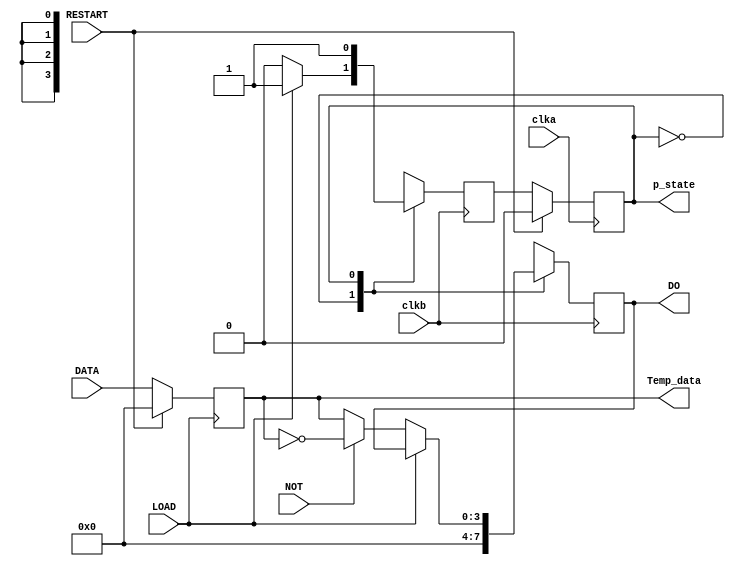

//////////////////////////////////////////////////////////////////////////////////
// Company: 
// Engineer: 
// 
// Design Name: 
// Module Name: Pro_3
// Project Name: 
// Target Devices: 
// Tool Versions: 
// Description: 
// 
// Dependencies: 
// 
// Revision:
// Revision 0.01 - File Created
// Additional Comments:
// 
//////////////////////////////////////////////////////////////////////////////////
module FSM_DATA1(clka, clkb, Temp_data,
             RESTART, LOAD, NOT,
             DATA, p_state, DO 
             );
parameter DATA_DEPTH = 3;   
  
input clka, clkb, RESTART, LOAD, NOT; //clock signal and some control signal
input [DATA_DEPTH:0] DATA;//input data

output reg [DATA_DEPTH:0] DO; //output data
output reg p_state; //output present state

reg n_state; //next state

output reg [DATA_DEPTH:0] Temp_data; //temp register

parameter RESET_STATE = 0, LOAD_STATE = 1; //state parameters
/*sequential logic*/
always @ (posedge clka)
begin 
    if(RESTART)
        p_state <= RESET_STATE;
    else
        p_state <= n_state;
end
/*combinational logic*/
always @ (posedge clkb)
begin
    n_state = p_state;
    case (p_state)
        RESET_STATE: begin //reset state
            DO = 4'b0000;  //output data clear
            if(!LOAD)
                n_state = RESET_STATE;               
            else
                n_state = LOAD_STATE;
        end
        
        LOAD_STATE: begin //load state
            if(LOAD)begin //if LOAD = 1, keeps in this state
                n_state = LOAD_STATE;
                DO = DO; //output data keeps previous value
            end
            else //if load = 0
                begin
                    if(NOT) //if NOT = 1
				       begin 
					       DO = ~ Temp_data;//inverse and output data from temp registers
						   n_state = LOAD_STATE; //next sate is LOAD_STATE
					   end
                    else 
					   begin //othervise output previous value
						   DO = Temp_data;//output data from temp registers
						   n_state = LOAD_STATE; //next sate is LOAD_STATE
					end
             end   
        end
                  
		default: n_state = RESET_STATE;	//default next state is RESET
                                        //prevent unsafe latch	  
    endcase
end
/*data LOADED in stage*/
always @ (posedge LOAD)//when posedge LOAD
	begin
		if(RESTART) //if reset
			Temp_data <= 0; //output 0, clear
		else
			Temp_data <= DATA; //LOAD in put DATA into temp register
	end
endmodule